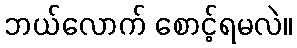
ဘယ်လောက် စောင့်ရမလဲ။